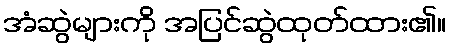
အံဆွဲများကို အပြင်ဆွဲထုတ်ထား၏။